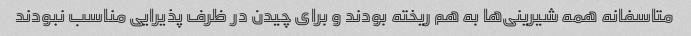
متاسفانه همه شیرینی‌ها به هم ریخته بودند و برای چیدن در ظرف پذیرایی مناسب نبودند